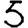
Digit: 5